画像に写った文字を読んでください
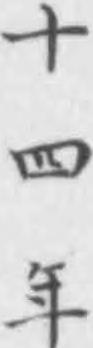
「十四年」と書いてあります